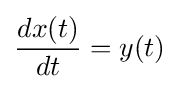
{\frac {dx(t)}{dt}}=y(t)